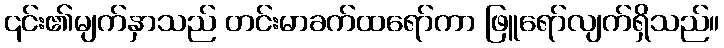
၎င်း၏မျက်နှာသည် တင်းမာခက်ထရော်ကာ ဖြူရော်လျက်ရှိသည်။